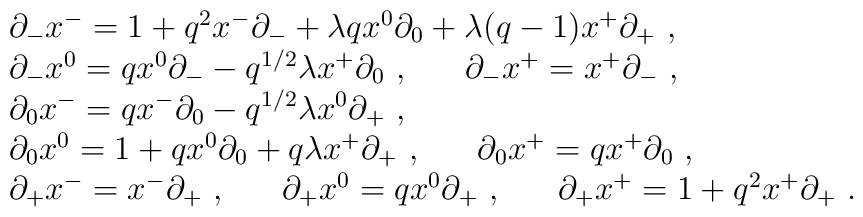
\begin{array}{l}\partial_-x^-=1+q^2x^-\partial_-+\lambda q x^0\partial_0+\lambda (q-1) x^+\partial_+~,\\\partial_-x^0=qx^0\partial_--q^{1/2}\lambda x^+\partial_0~,~~~~~\partial_-x^+=x^+\partial_-~,\\\partial_0x^-=qx^-\partial_0-q^{1/2}\lambda x^0\partial_+~,\\\partial_0x^0=1+qx^0\partial_0+q\lambda x^+\partial_+~,~~~~~\partial_0x^+=qx^+\partial_0~,\\\partial_+x^-=x^-\partial_+~,~~~~~\partial_+x^0=qx^0\partial_+~,~~~~~\partial_+x^+=1+q^2x^+\partial_+~.\end{array}